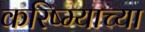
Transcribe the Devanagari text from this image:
करिष्म्याच्या